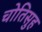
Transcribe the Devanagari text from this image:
चोतिसुह